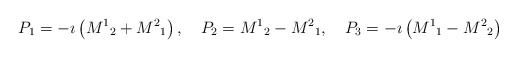
\begin{align*}P_1 = -\imath \left( {M^1}_2 +{M^2}_1 \right),\quad P_2 = {M^1}_2 -{M^2}_1 ,\quad P_3 =-\imath \left( {M^1}_1 - {M^2}_2 \right)\end{align*}